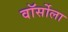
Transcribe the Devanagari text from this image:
वॉर्सोला